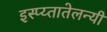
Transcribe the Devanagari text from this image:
इस्प्य्तातेलन्यी